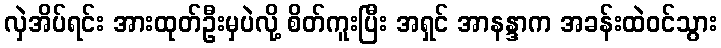
လှဲအိပ်ရင်း အားထုတ်ဦးမှပဲလို့ စိတ်ကူးပြီး အရှင် အာနန္ဒာက အခန်းထဲဝင်သွား